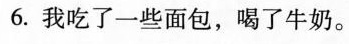
6. 我吃了一些面包，喝了牛奶。